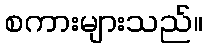
စကားများသည်။